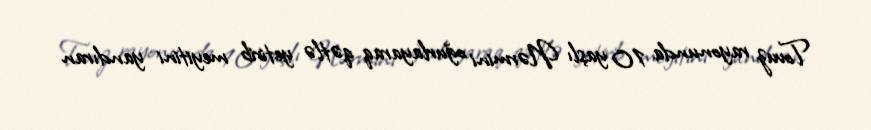
Tovuz rayonunda 10 yaşlı Nərmini oğurlayaraq qətlə yetirib meyitini yandıran